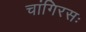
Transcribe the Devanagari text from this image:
चांगिरसः